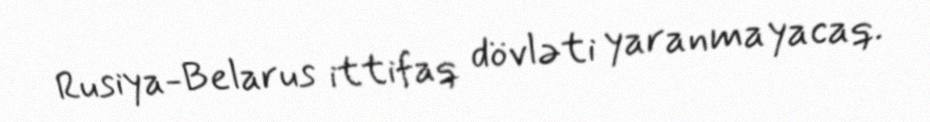
Rusiya-Belarus ittifaq dövləti yaranmayacaq.